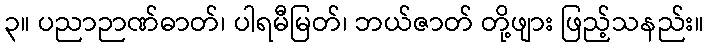
၃။ ပညာဉာဏ်ဓာတ်၊ ပါရမီမြတ်၊ ဘယ်ဇာတ် တို့ဖျား ဖြည့်သနည်း။